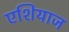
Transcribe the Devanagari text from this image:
एशियाज